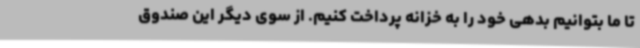
تا ما بتوانیم بدهی خود را به خزانه پرداخت کنیم. از سوی دیگر این صندوق